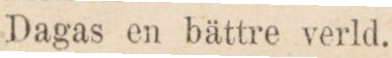
Dagas en bättre verld.